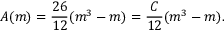
A ( m ) = \frac { 2 6 } { 1 2 } ( m ^ { 3 } - m ) = \frac { C } { 1 2 } ( m ^ { 3 } - m ) .